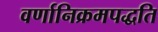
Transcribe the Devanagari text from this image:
वर्णानिक्रमपद्धति